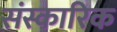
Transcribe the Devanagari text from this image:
संस्कारिक